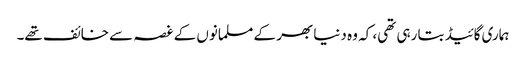
ہماری گائیڈ بتا رہی تھی، کہ و ہ دنیا بھر کے مسلمانوں کے غصہ سے خائف تھے۔